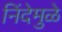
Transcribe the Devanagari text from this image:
निंदेमुळे